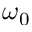
\omega _ { 0 }